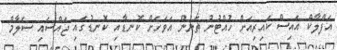
އަފްލާކް އައިސް ކައިރިއަށް ހުއްޓުނު ތަނުން އަވަހަށް ކޮނޑާއި ކޮނޑުގައި ޖައްސައި ސަލާމް